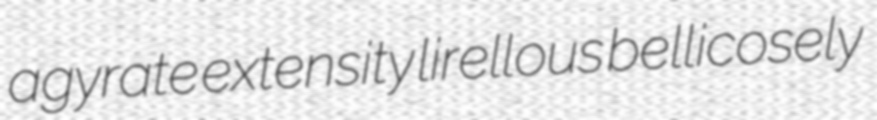
agyrate extensity lirellous bellicosely